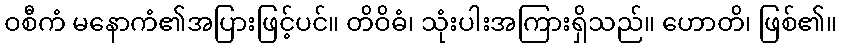
ဝစီကံ မနောကံ၏အပြားဖြင့်ပင်။ တိဝိဓံ၊ သုံးပါးအကြားရှိသည်။ ဟောတိ၊ ဖြစ်၏။